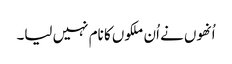
اُنھوں نے اُن ملکوں کا نام نہیں لیا۔